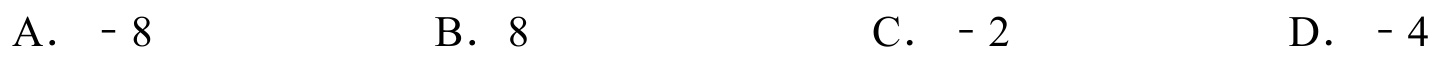
A. - 8\qquad B. 8\qquad C. - 2\qquad D. - 4